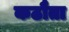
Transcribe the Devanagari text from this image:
कठौता